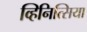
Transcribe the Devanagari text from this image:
व्हिनित्सिया